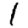
Digit: 1